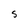
Character: S